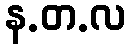
န.တ.လ